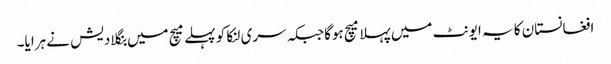
افغانستان کا یہ ایونٹ میں پہلا میچ ہوگاجبکہ سری لنکا کو پہلے میچ میں بنگلادیش نے ہرایا۔